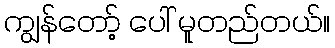
ကျွန်တော့် ပေါ် မူတည်တယ်။